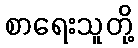
စာရေးသူတို့